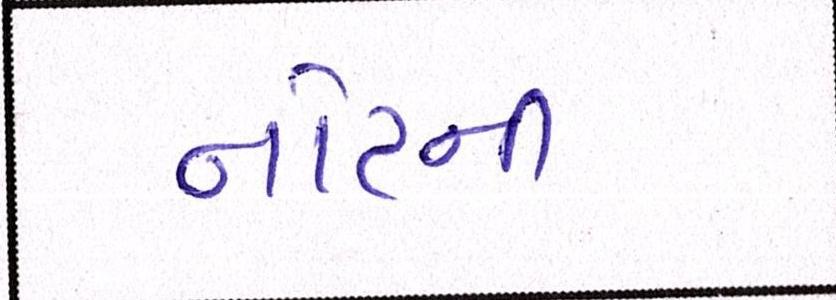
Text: નોટની